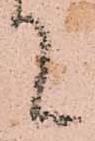
て